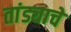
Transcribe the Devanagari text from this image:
तांड्याचे